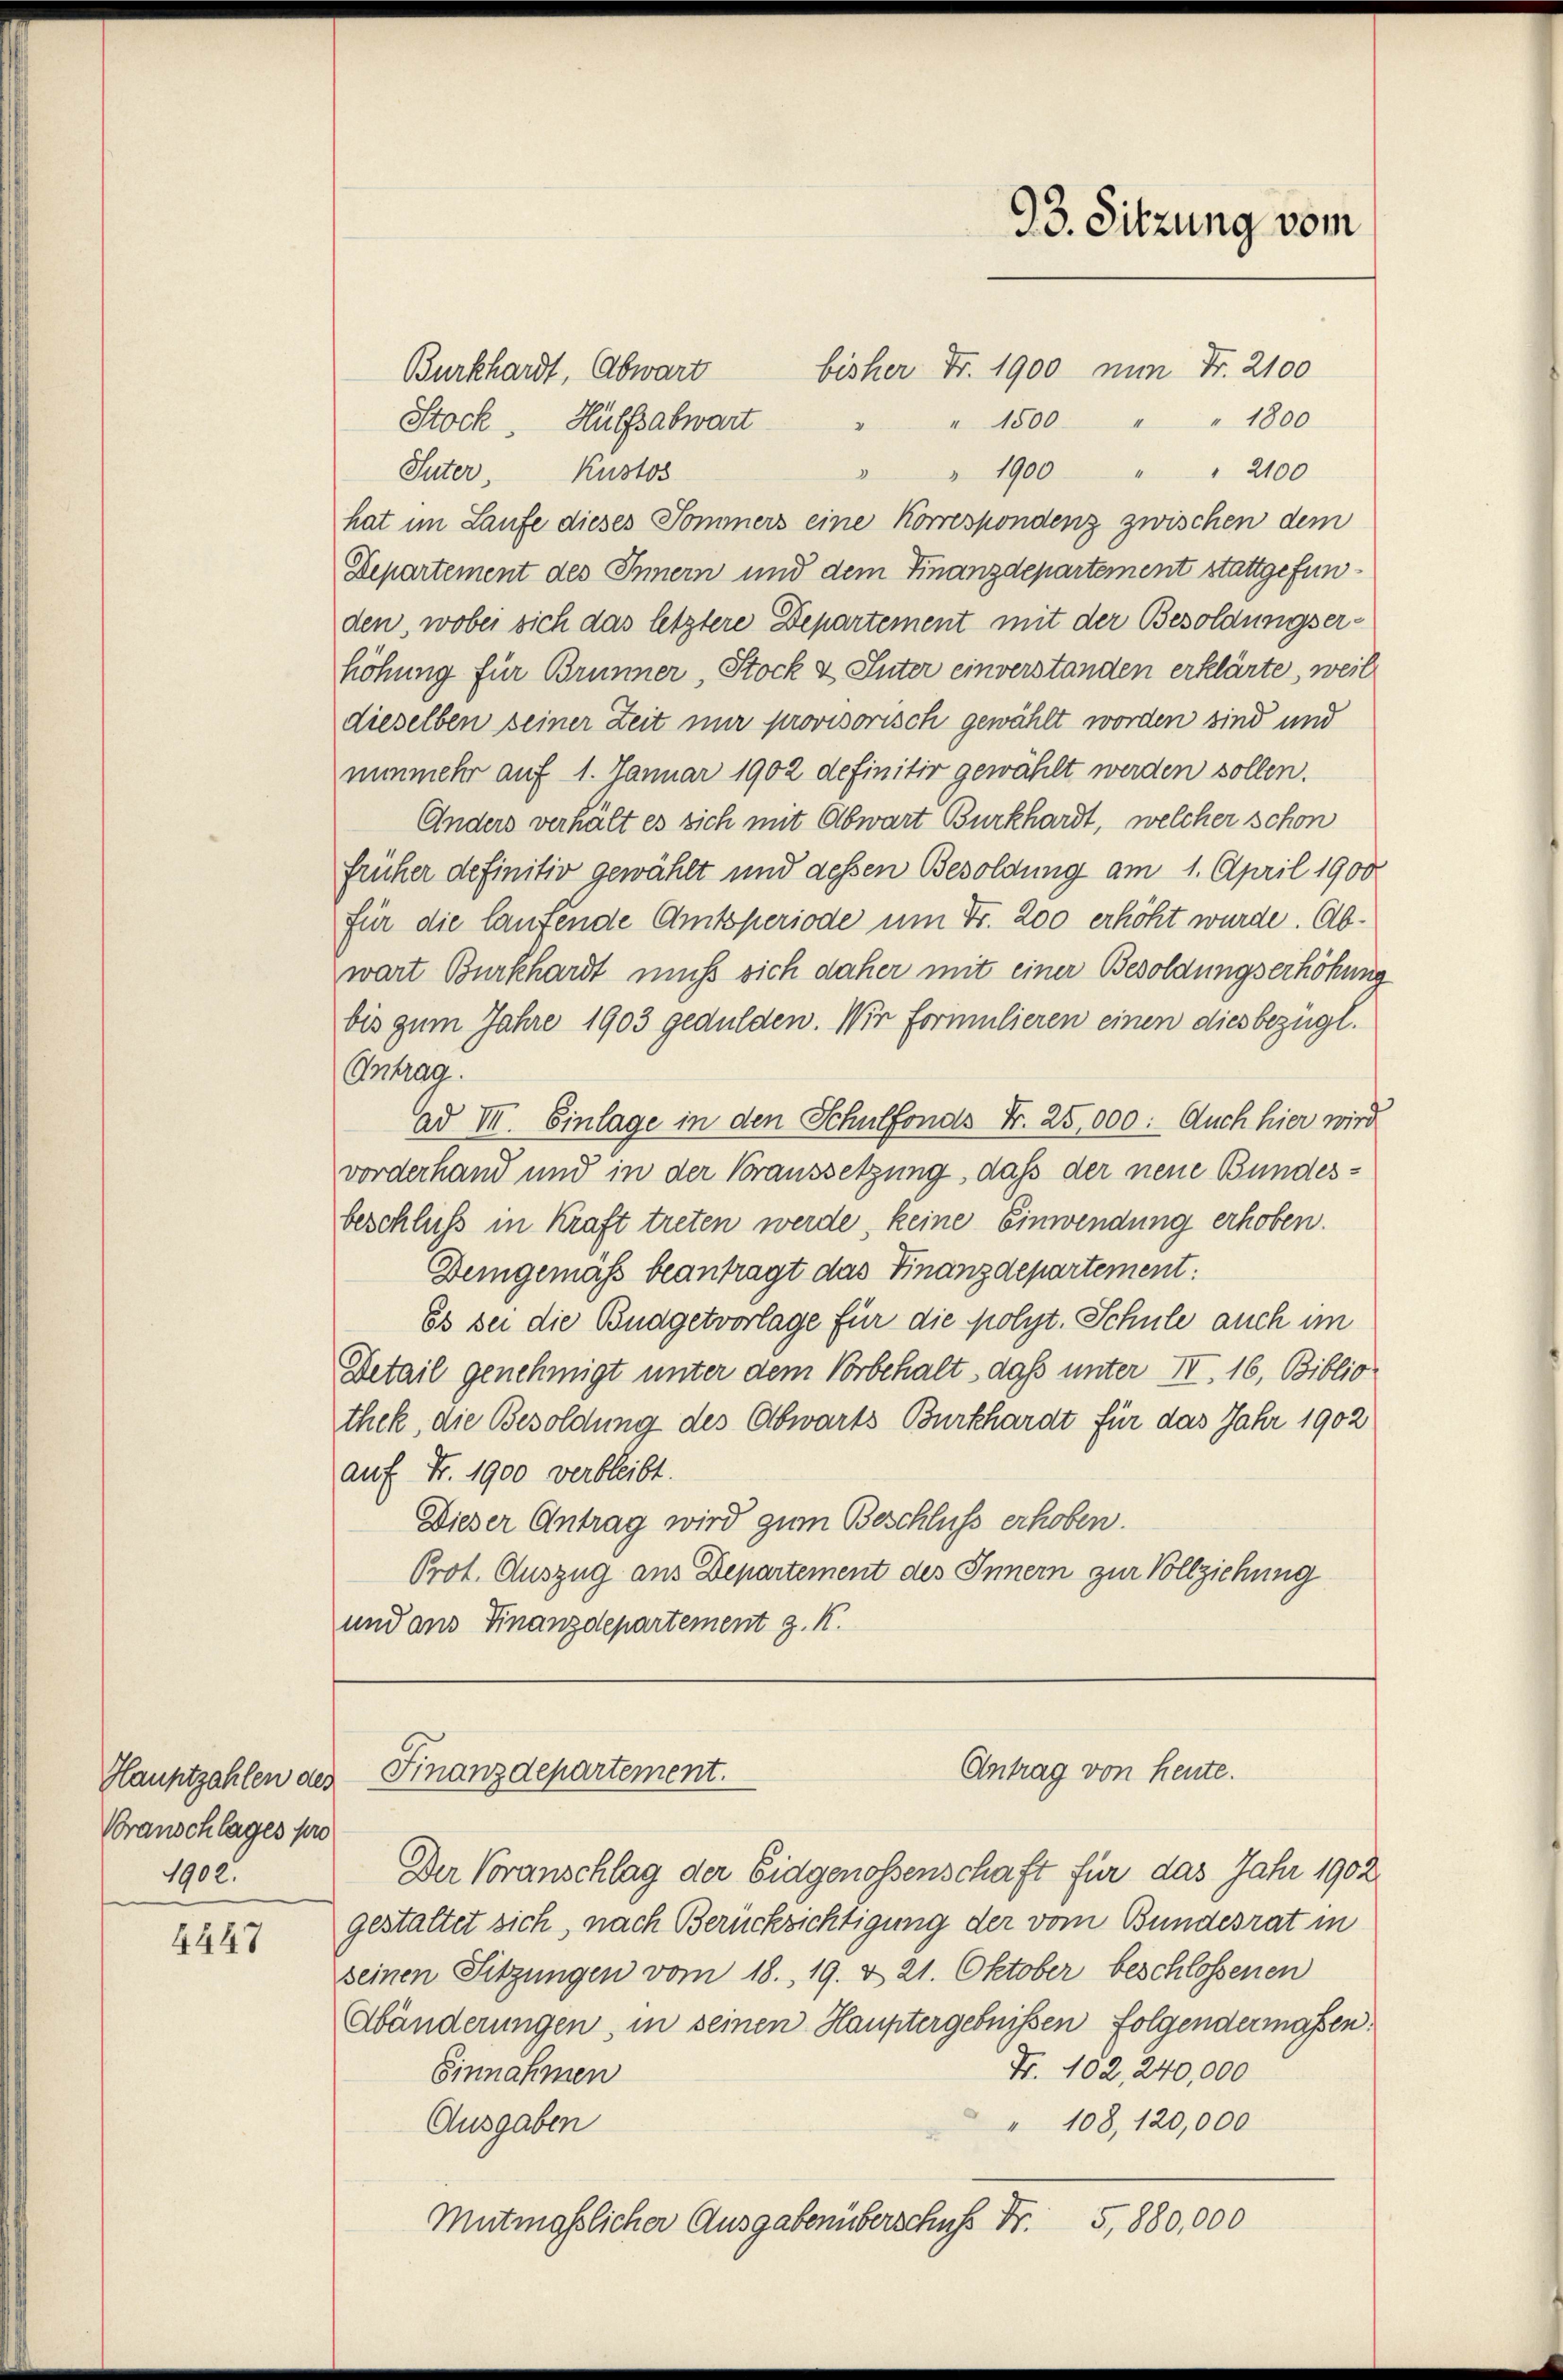
Voranschlages pro
1902.

4447

bisher Fr. 1900 nun Fr. 2100
Burkhardt, Abwart
" 1500 " " 1800
Stock. Hülfsabwart
"
" " 1900 " " 2100
Suter, Kustos
hat im Laufe dieses Sommers eine Korrespondenz zwischen dem
Departement des Innern und dem Finanzdepartement stattgefunden, wobei sich das letztere Departement mit der Besoldungserhöhung für Brunner, Stock & Suter einverstanden erklärte, weil
dieselben seiner Zeit nur provisorisch gewählt worden sind und
nunmehr auf 1. Januar 1902 definitiv gewählt werden sollen.
Anders verhält es sich mit Abwart Burkhardt, welcher schon
früher definitiv gewählt und dessen Besoldung am 1. April 1900
für die laufende Amtsperiode um Fr. 200 erhöht wurde. Abwart Burkhardt muß sich daher mit einer Besoldungserhöhung
bis zum Jahre 1903 gedulden. Wir formulieren einen diesbezügl.
Antrag.
ad III. Einlage in den Schulfonds Fr. 25,000. Auch hier wird
vorderhand und in der Voraussetzung, daß der neue Bundesbeschluß in Kraft treten werde, keine Einwendung erhoben.
Demgemäss beantragt das Finanzdepartement:
Es sei die Budgetvorlage für die polyt. Schule auch im
Detail genehmigt unter dem Vorbehalt, daß unter II. 16, Biblio
thek, die Besoldung des Abwarts Burkhardt für das Jahr 1902
auf Fr. 1900 verbleibt.
Dieser Antrag wird zum Beschluss erhoben.
Prot. Auszug aus Departement des Innern zur Vollziehung
und aus Finanzdepartement z. K.

Der Voranschlag der Eidgenossenschaft für das Jahr 1902
gestaltet sich, nach Berücksichtigung der vom Bundesrat in
seinen Sitzungen vom 18. 19. & 21. Oktober beschlossenen
Abänderungen, in seinen Hauptergebnissen folgendermassen.
Fr. 102, 240,000
Einnahmen
" 108, 120,000
Ausgaben
Mutmasslicher Ausgabenüberschuss Fr. 5, 880,000

93. Sitzung vom

Antrag von heute.
Hauptzahlen des Finanzdepartement.